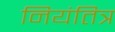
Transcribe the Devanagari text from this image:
नियंतित्र